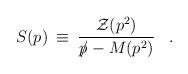
LaTeX: \begin{align*}S(p) \> \equiv \> {{\cal Z}(p^2) \over {p \hspace{-5pt}/} - M(p^2)}\;\;\;.\end{align*}